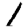
Digit: 1